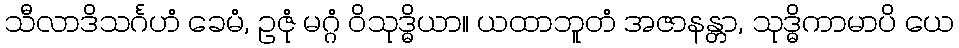
သီလာဒိသင်္ဂဟံ ခေမံ, ဥဇုံ မဂ္ဂံ ဝိသုဒ္ဓိယာ။ ယထာဘူတံ အဇာနန္တာ, သုဒ္ဓိကာမာပိ ယေ